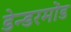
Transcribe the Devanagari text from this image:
डेन्डरमोंड